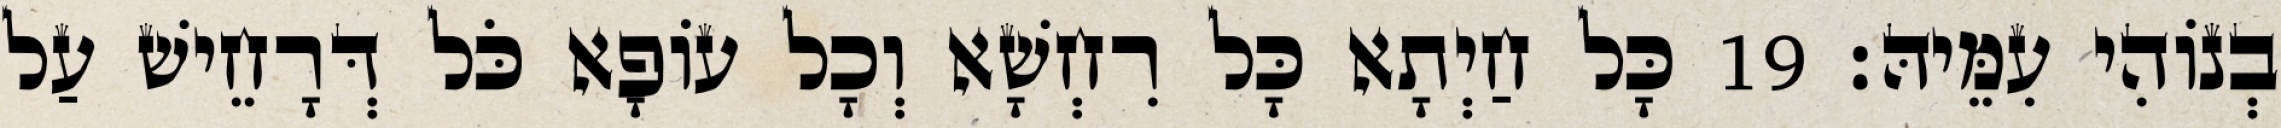
בְנוֹהִי עִמֵּיהּ׃ 19 כָּל חַיְתָא כָּל רִחְשָׁא וְכָל עוֹפָא כֹּל דְּרָחֵישׁ עַל